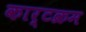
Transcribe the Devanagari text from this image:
कार्टक्रम